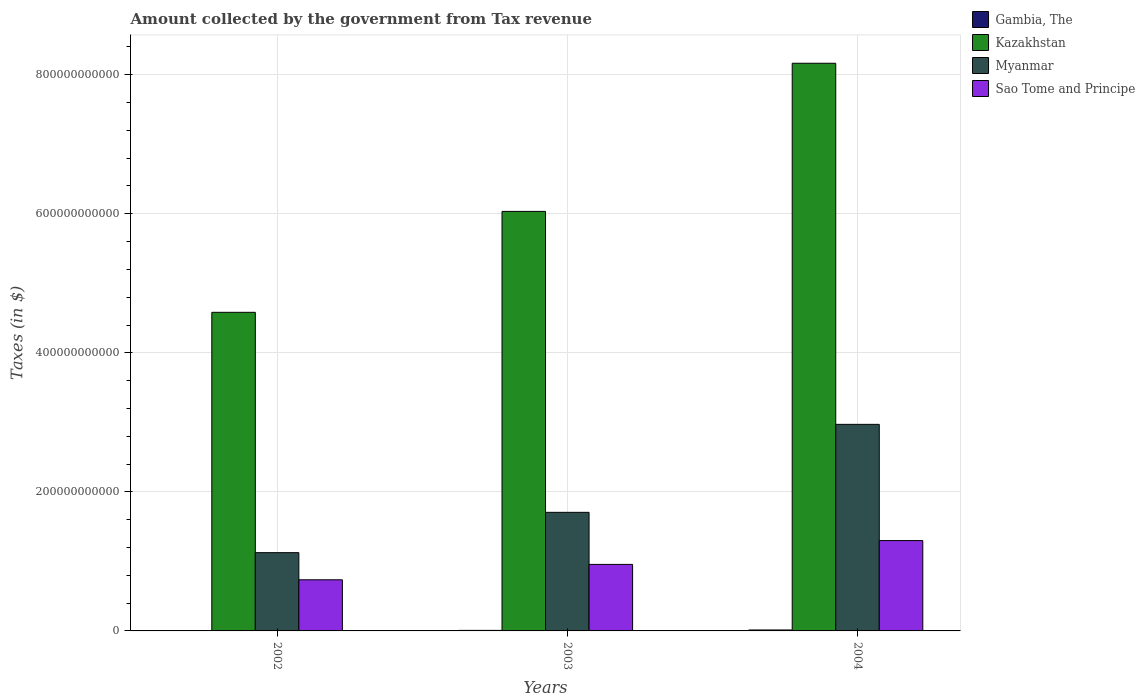
| Years | Gambia, The | Kazakhstan | Myanmar | Sao Tome and Principe |
 | --- | --- | --- | --- | --- |
 | 2002 | 5.61e+08 | 4.58e+11 | 1.13e+11 | 7.35e+10 |
 | 2003 | 7.76e+08 | 6.03e+11 | 1.71e+11 | 9.57e+10 |
 | 2004 | 1.36e+09 | 8.16e+11 | 2.97e+11 | 1.3e+11 |